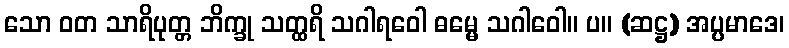
သော ဝတ သာရိပုတ္တ ဘိက္ခု သတ္ထရိ သဂါရဝေါ ဓမ္မေ သဂါဝေါ။ ပ။ (ဆဋ္ဌ) အပ္ပမာဒေ၊